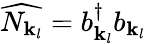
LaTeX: {\widehat{N_{{\mathbf{k}}_{l}}}}=b_{{\mathbf{k}}_{l}}^{\dagger}b_{{\mathbf{k}}_{l}}